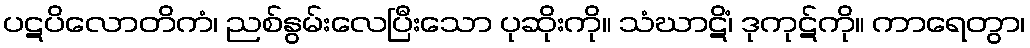
ပဋပိလောတိကံ၊ ညစ်နွမ်းလေပြီးသော ပုဆိုးကို။ သံဃာဋိံ၊ ဒုကုဋ်ကို။ ကာရေတွာ၊